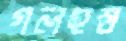
গলহস্ত